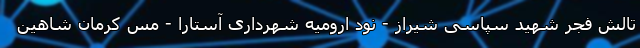
تالش فجر شهید سپاسی شیراز - نود ارومیه شهرداری آستارا - مس کرمان شاهین